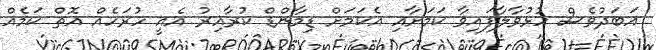
އަބަދުވެސް ހުޅުވާލާފައިވާ ކަމަށާއި އެކަމަށް ޑިމާންޑް ކުރާއިރު އެއީ ހުރަހެއް އޮތް ކަމެއް